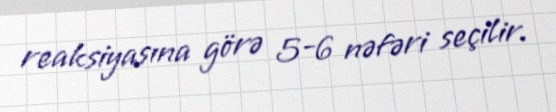
reaksiyasına görə 5-6 nəfəri seçilir.